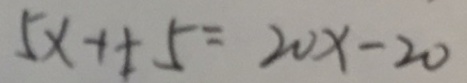
5 x - 1 + 5 = 2 0 x - 2 0